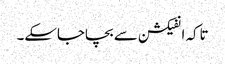
تاکہ انفیکشن سے بچاجاسکے۔